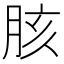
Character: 胲